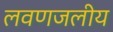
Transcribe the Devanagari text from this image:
लवणजलीय